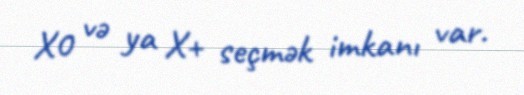
X0 və ya X+ seçmək imkanı var.